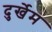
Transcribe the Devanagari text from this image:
दुर्खेम